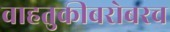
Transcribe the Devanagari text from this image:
वाहतुकीबरोबरच